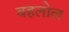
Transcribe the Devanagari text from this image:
वहलोल